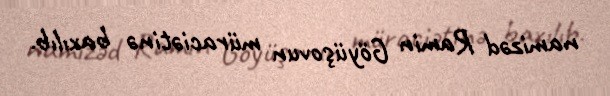
namizəd Ramin Göyüşovun müraciətinə baxılıb.